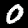
Label: 0